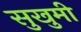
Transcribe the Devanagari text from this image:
सुखुमी